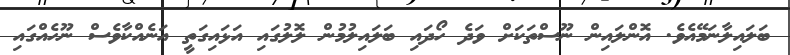
ބަލައިލާނަމޭއެވެ. އޮންލައިން ނޫސްތަކަށް ވަދެ ހޯދައި ބަލައިލުމުން ލޮލުގައި އަޅައިގަތީ އަނެއްކާވެސް ނޫހެއްގައި